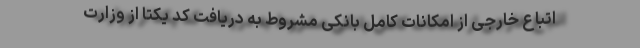
اتباع خارجی از امکانات کامل بانکی مشروط به دریافت کد یکتا از وزارت